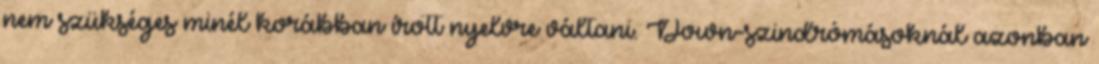
nem szükséges minél korábban írott nyelvre váltani. Down-szindrómásoknál azonban